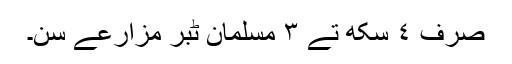
صرف ٤ سِکھ تے ٣ مُسلمان ٹبر مزارعے سن۔